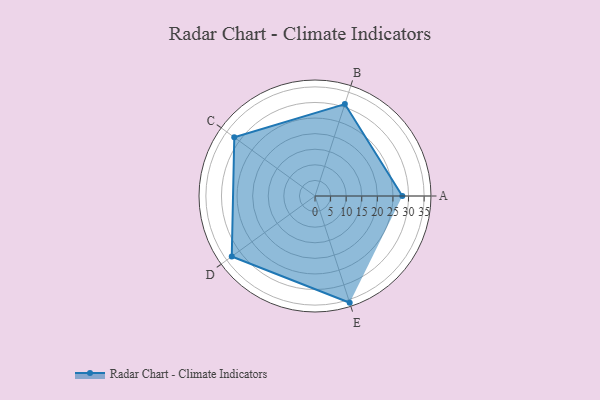
{"axis": {"x": "Skill", "y": "Score"}, "legend": ["Profile"], "data": [{"x": "A", "y": 28.0, "type": "Profile"}, {"x": "B", "y": 31.0, "type": "Profile"}, {"x": "C", "y": 32.0, "type": "Profile"}, {"x": "D", "y": 33.0, "type": "Profile"}, {"x": "E", "y": 36.0, "type": "Profile"}]}